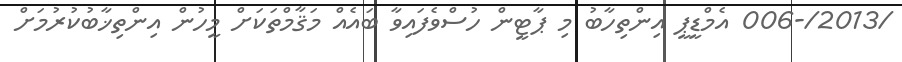
/2013/-006 އެމްޑީޕީ އިންތިހާބު މި ޕާޓީން ހުސްވެފައިވާ ބައެއް މަޤާމްތަކަށް މީހުން އިންތިޚާބުކުރުމަށް